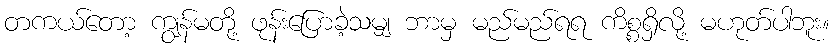
တကယ်တော့ ကျွန်မတို့ ဖုန်းပြောခဲ့သမျှ ဘာမှ မည်မည်ရရ ကိစ္စရှိလို့ မဟုတ်ပါဘူး။